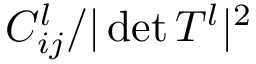
C _ { i j } ^ { l } / \vert \operatorname* { d e t } T ^ { l } \vert ^ { 2 }